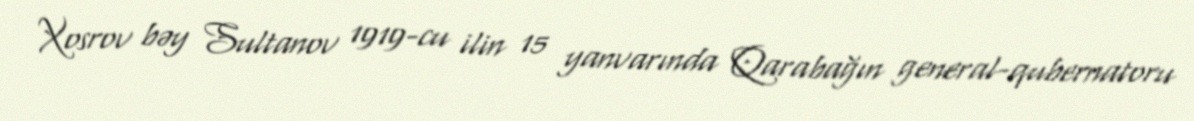
Xosrov bəy Sultanov 1919-cu ilin 15 yanvarında Qarabağın general-qubernatoru